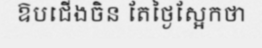
ឱបជើងចិន តែថ្ងៃស្អែកថា